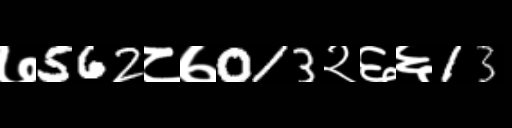
Text: ७562८७013२६६13